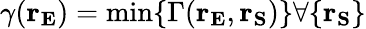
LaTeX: \displaystyle\gamma(\mathbf{r_{E}})=\operatorname*{min}\{ \Gamma(\mathbf{r_{E}},\mathbf{r_{S}})\} \forall\{ \mathbf{r_{S}}\}